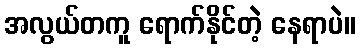
အလွယ်တကူ ရောက်နိုင်တဲ့ နေရာပဲ။